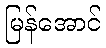
မြန်အောင်